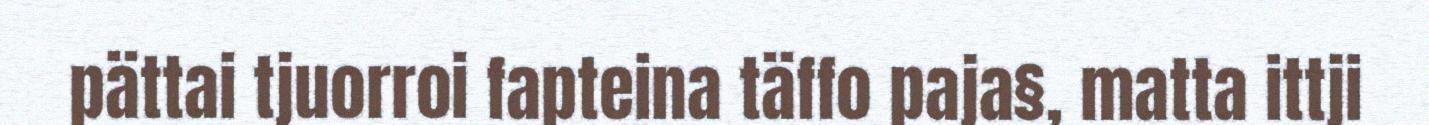
pättai tjuorroi fapteina täffo paja§, matta ittji